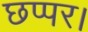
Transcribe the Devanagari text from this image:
छप्पर।